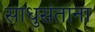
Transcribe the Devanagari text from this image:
साधुसंतांना